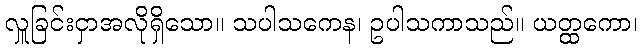
လှူခြင်းငှာအလိုရှိသော။ သပါသကေန၊ ဥပါသကာသည်။ ယတ္ထကော၊